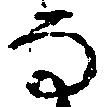
な